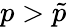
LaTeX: p>\tilde{p}